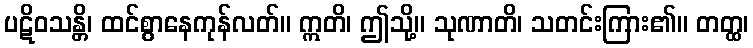
ပဋိဝသန္တိ၊ ထင်စွာနေကုန်လတ်။ ဣတိ၊ ဤသို့။ သုဏာတိ၊ သတင်းကြား၏။ တတ္ထ၊